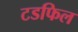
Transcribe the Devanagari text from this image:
टडफिल